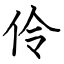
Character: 伶